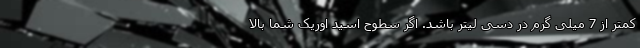
کمتر از 7 میلی گرم در دسی لیتر باشد. اگر سطوح اسید اوریک شما بالا